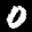
Label: 0